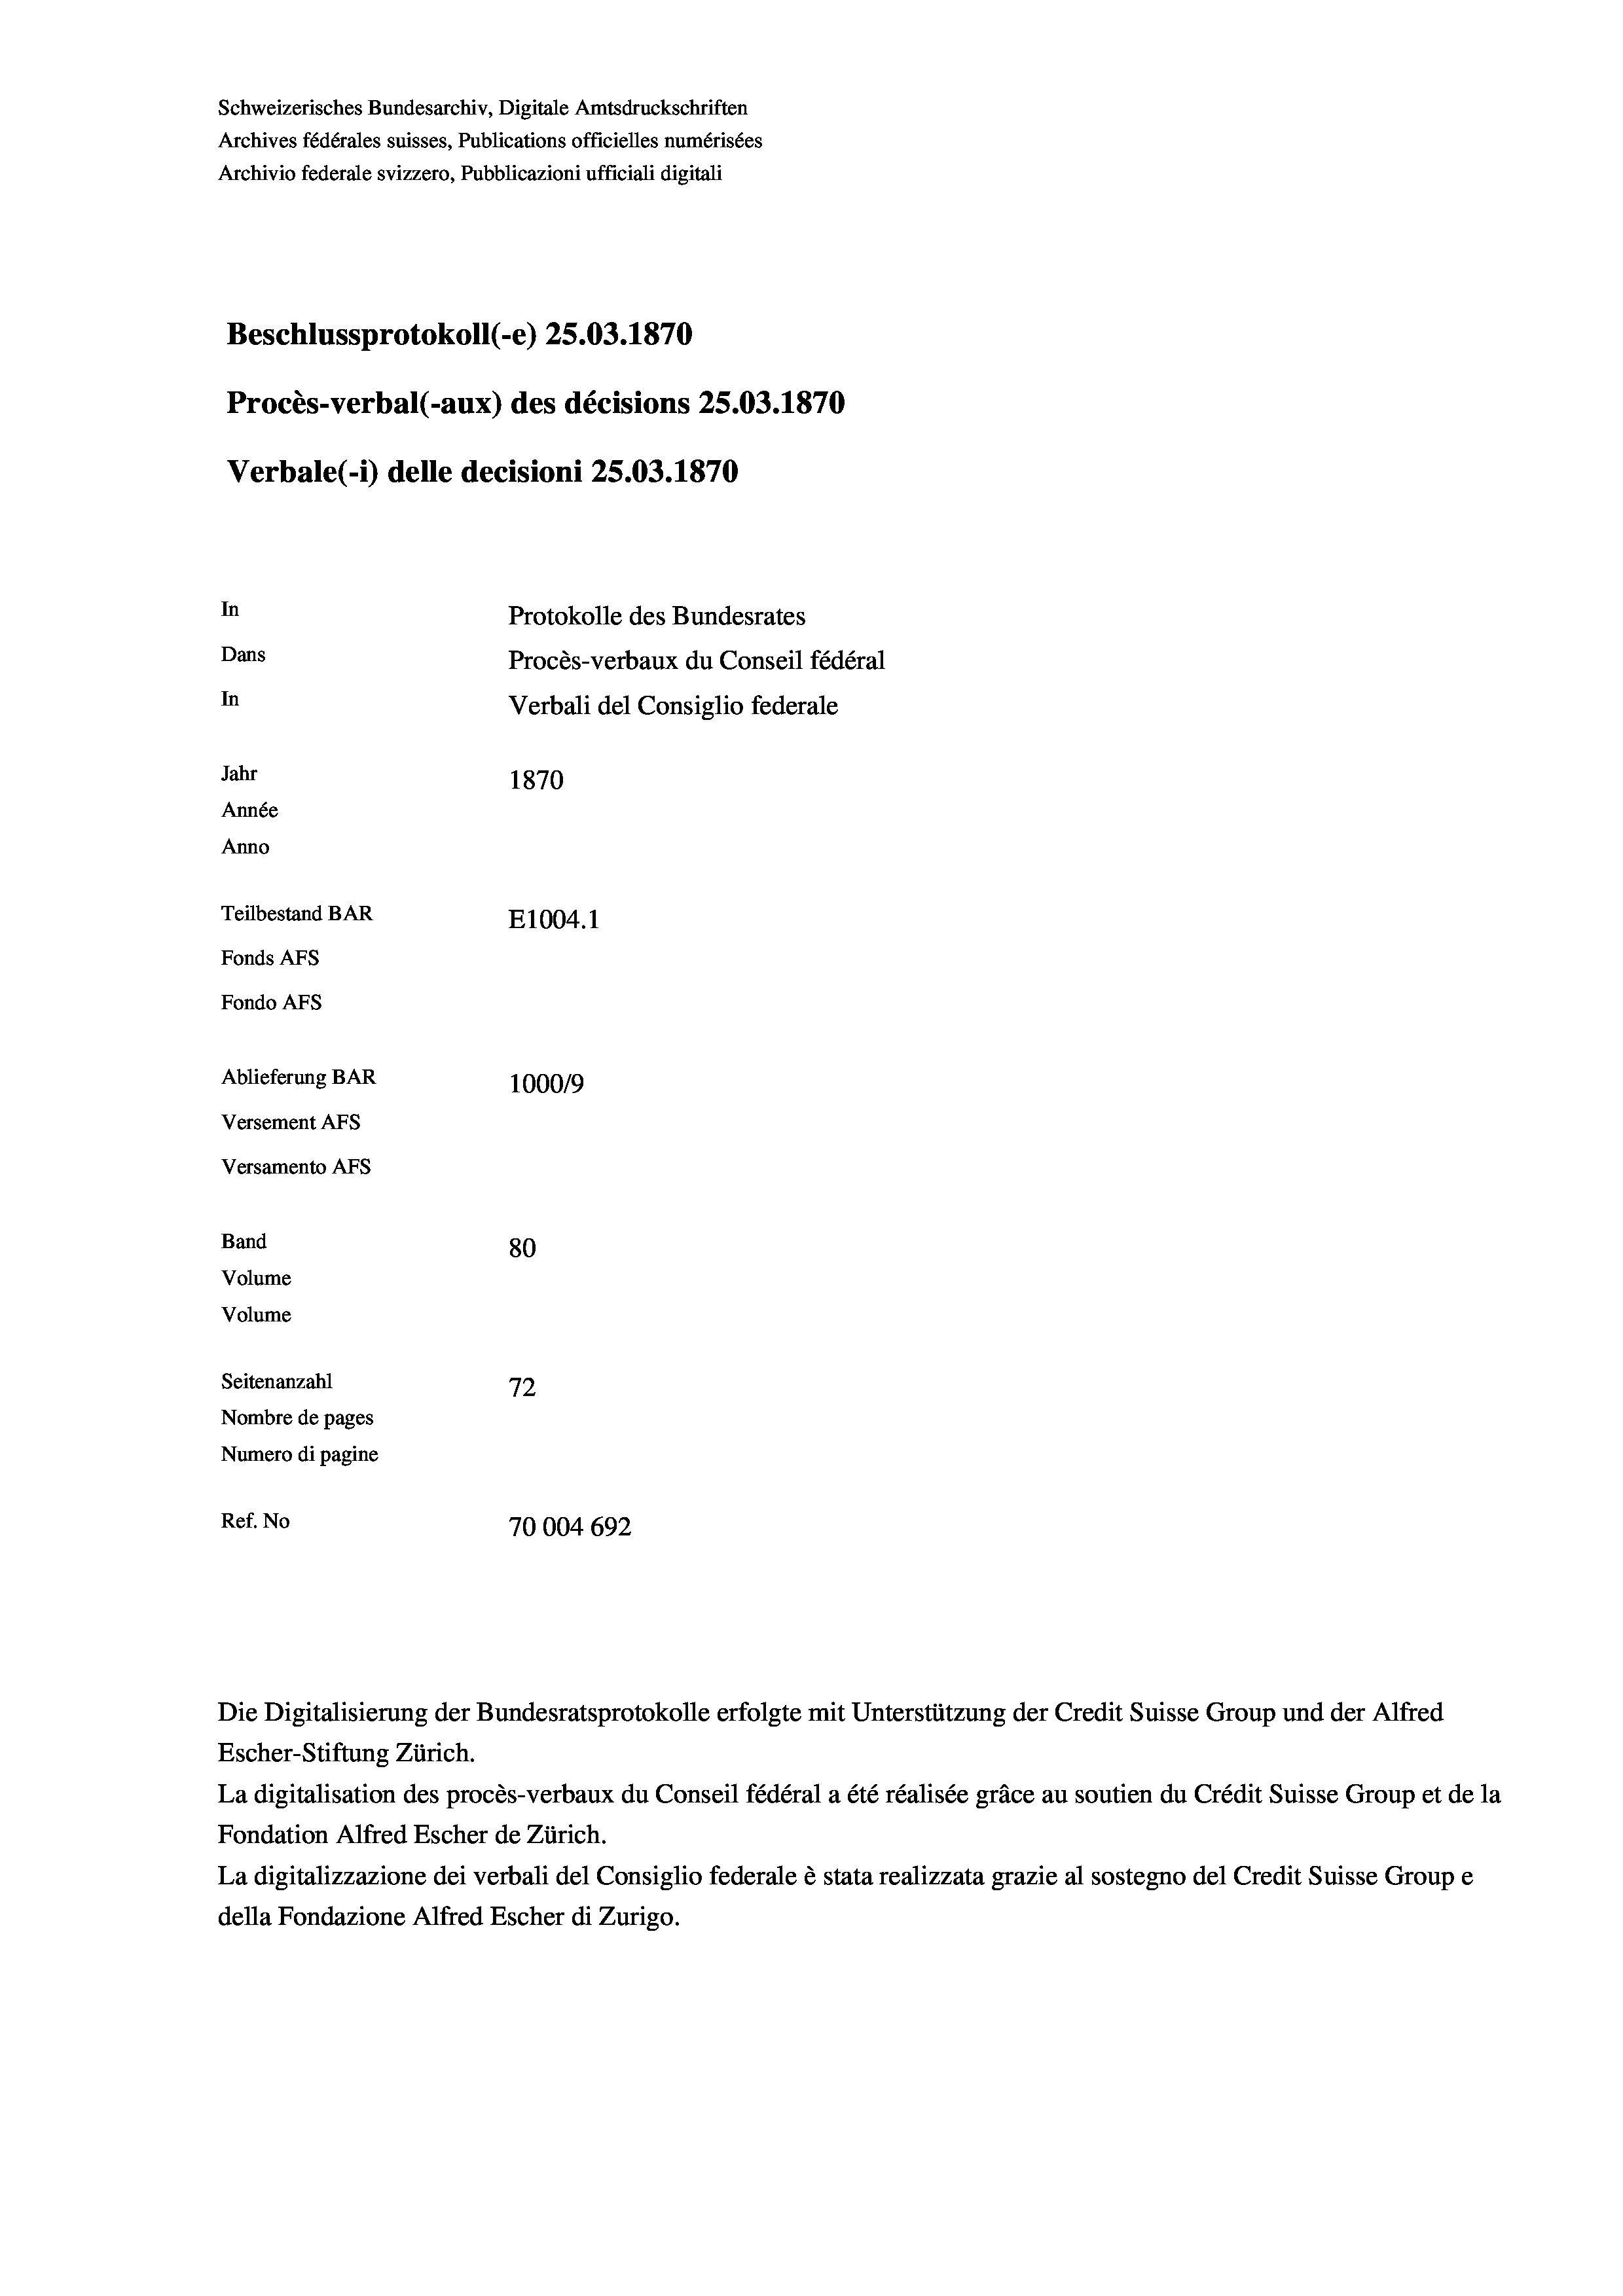
Schweizerisches Bundesarchiv, Digitale Amtsdruckschriften
Archives fédérales suisses, Publications officielles numérisées
Archivio federale svizzero, Pubblicazioni ufficiali digitali
Beschlussprotokoll (-e) 25.03. 1870
Procès-verbal (-aux) des décisions 25.03. 1870
Verbale (1) delle decisioni 25.03. 1870
In
Protokolle des Bundesrates
Dans
Procès-verbaux du Conseil fédéral
In
Verbali del Consiglio federale
Jahr
1870
Année
Anno
Teilbestand BAR
E1004.1
Fonds AFs
Fondo AFS
Ablieferung BAR
100019
Versement Abs
Versamento Afs
Band
80
Volume
Volume
Seitenanzahl
72
Nombre de pages
Numero di pagine
Ref. No
70004 692

La digitalisation des procès-verbaux du Conseil fédéral a été réalisée gräce au soutien du Crédit Suisse Group et de la
Fondation Alfred Escher de Zürich.
La digitalizzazione dei verbali del Consiglio federale è stata realizzata grazie al sostegno del Credit Suisse Groupe
della Fondazione Alfred Escher di Zurigo.

Escher-Stiftung Zürich.

Die Digitalisierung der Bundesratsprotokolle erfolgte mit Unterstützung der Credit Suisse Group und der Alfred